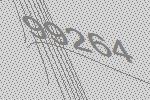
99264